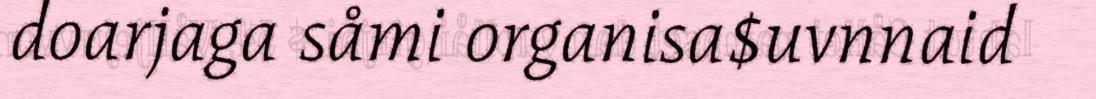
doarjaga såmi organisa$uvnnaid